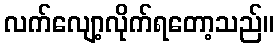
လက်လျော့လိုက်ရတော့သည်။